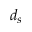
d _ { s }